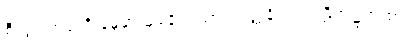
စီးပွားရှာပုံကို နမူနာယူရန် ဂါထာ။သုတ္တနိပါတပါဠိအဋ္ဌကထာ